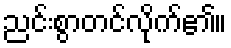
ညင်းစွာတင်လိုက်၏။